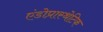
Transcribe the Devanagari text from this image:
एंडोप्रास्थेटिक